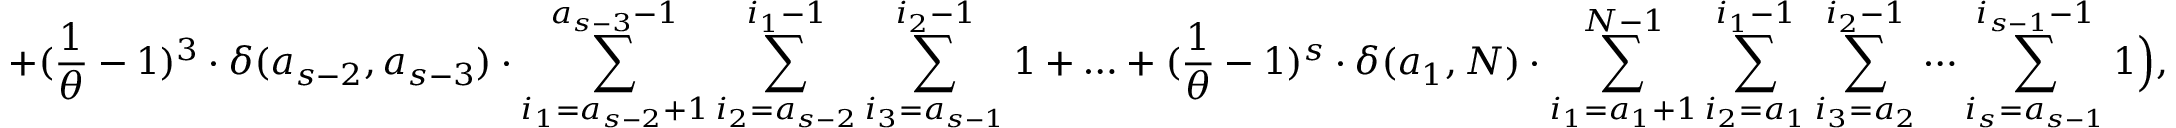
+ ( \frac { 1 } { \theta } - 1 ) ^ { 3 } \cdot \delta ( a _ { s - 2 } , a _ { s - 3 } ) \cdot \sum _ { i _ { 1 } = a _ { s - 2 } + 1 } ^ { a _ { s - 3 } - 1 } \sum _ { i _ { 2 } = a _ { s - 2 } } ^ { i _ { 1 } - 1 } \sum _ { i _ { 3 } = a _ { s - 1 } } ^ { i _ { 2 } - 1 } 1 + \ldots + ( \frac { 1 } { \theta } - 1 ) ^ { s } \cdot \delta ( a _ { 1 } , N ) \cdot \sum _ { i _ { 1 } = a _ { 1 } + 1 } ^ { N - 1 } \sum _ { i _ { 2 } = a _ { 1 } } ^ { i _ { 1 } - 1 } \sum _ { i _ { 3 } = a _ { 2 } } ^ { i _ { 2 } - 1 } \cdots \sum _ { i _ { s } = a _ { s - 1 } } ^ { i _ { s - 1 } - 1 } 1 \Big ) ,